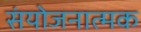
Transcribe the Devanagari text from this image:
संयोजनात्मक